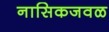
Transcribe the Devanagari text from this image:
नासिकजवळ